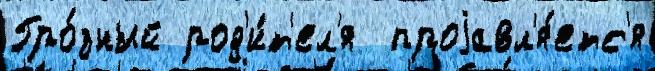
Гро́зный род'и́т'ел'я  проjавл'я́етс'я